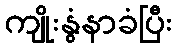
ကျိုးနွံနာခံပြီး